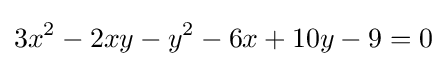
3x^{2}-2xy-y^{2}-6x+10y-9=0